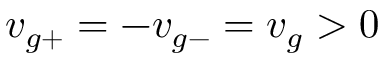
v _ { g + } = - v _ { g - } = v _ { g } > 0